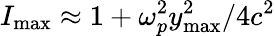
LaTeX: I_{\mathrm{{max}}}\approx 1+\omega_{p}^{2}y_{\mathrm{{max}}}^{2}/4c^{2}